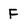
Character: F